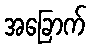
အခြောက်